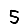
Digit: 5